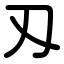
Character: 刄